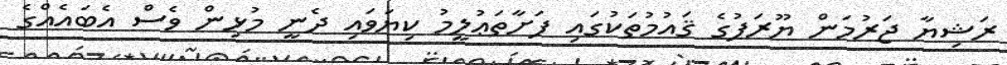
ރަޝިޔާ ޖަރުމަން ޔޫރަޕުގެ ޤައުމުތަކުގައި ފަށާތަޢުލީމު ކިޔަވައި ދެނީ މުޅިން ވެސް އެބައެއްގެ